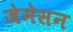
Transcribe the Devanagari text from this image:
जेमेसन